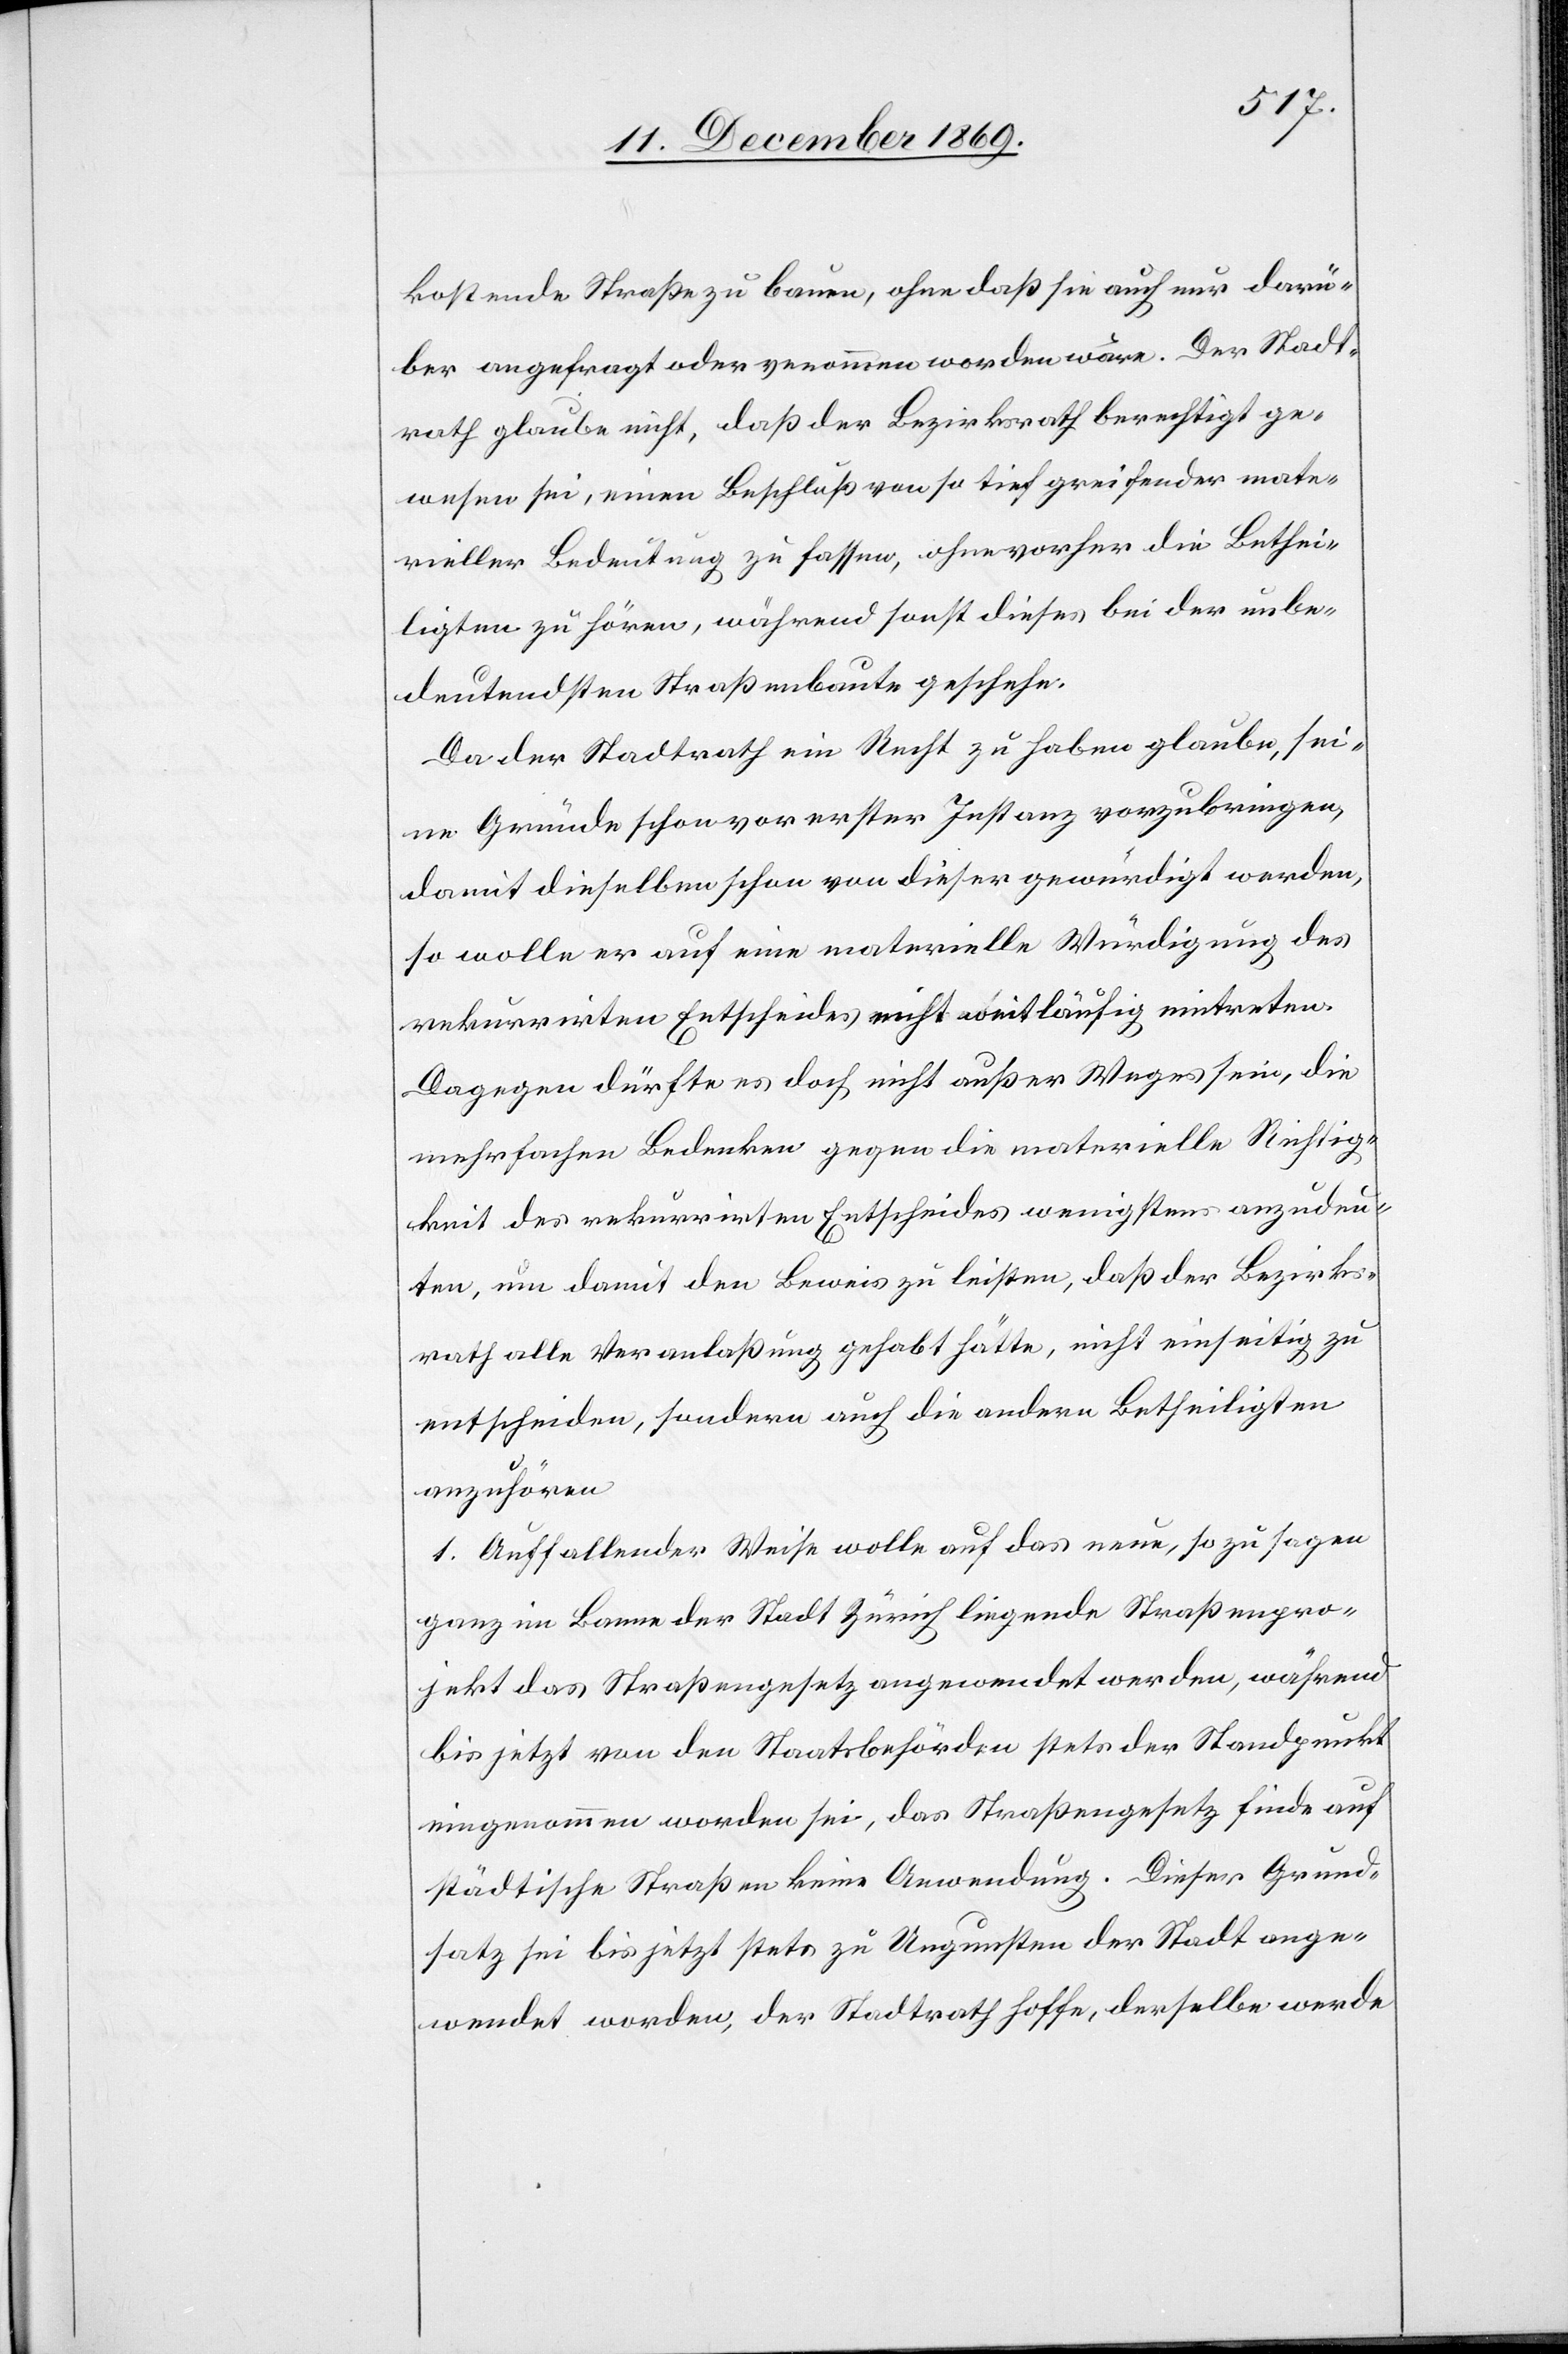
kostende Straße zu bauen, ohne daß sie auch nur darü¬
ber angefragt oder ve[r]nommen worden wäre. Der Stadt¬
rath glaube nicht, daß der Bezirksrath berechtigt ge¬
wesen sei, einen Beschluß von so tief greifender mate¬
rieller Bedeutung zu fassen, ohne vorher die Bethei¬
ligten zu hören, während sonst dieses bei der unbe¬
deutendsten Straßenbaute geschehe.
Da der Stadtrath ein Recht zu haben glaube, sei¬
ne Gründe schon vor erster Instanz vorzubringen,
damit dieselben schon von dieser gewürdigt werden,
so wolle er auf eine materielle Würdigung des
rekurrirten Entscheides nicht weitläufig eintreten.
Dagegen dürfte es doch nicht außer Weges sein, die
mehrfachen Bedenken gegen die materielle Richtig¬
keit des rekurrirten Entscheides wenigstens anzudeu¬
ten, um damit den Beweis zu leisten, daß der Bezirks¬
rath alle Veranlaßung gehabt hätte, nicht einseitig zu
entscheiden, sondern auch die andern Betheiligten
anzuhören.
1. Auffallender Weise wolle auf das neue, so zu sagen
ganz im Banne der Stadt Zürich liegende Straßenpro¬
jekt das Straßengesetz angewendet werden, während
bis jetzt von den Staatsbehörden stets der Standpunkt
eingenommen worden sei, das Straßengesetz finde auf
städtische Straßen keine Anwendung. Dieser Grund¬
satz sei bis jetzt stets zu Ungunsten der Stadt ange¬
wendet worden, der Stadtrath hoffe, derselbe werde